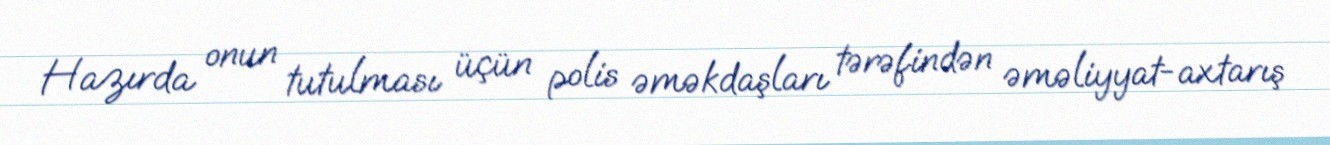
Hazırda onun tutulması üçün polis əməkdaşları tərəfindən əməliyyat-axtarış